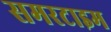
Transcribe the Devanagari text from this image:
समरटाइम